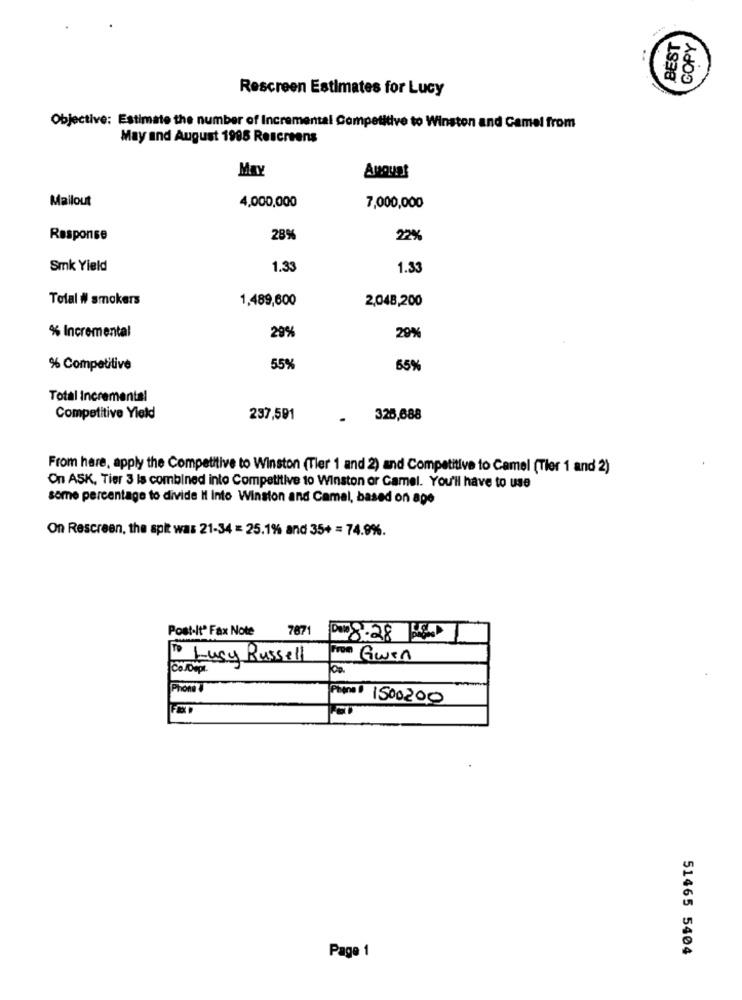
BEST
COPY
Rescreen Estimates for Lucy
Objective: Estimate the number of Incremental Competitive to Winston and Camel from
May and August 1988 Rescreens
May
Amount
Mailout
4,000,000
7,000,000
Response
28%
22%
Smk Yield
1.33
1.33
Total # smokers
1,489,600
2,048,200
% Incremental
29%
29%
% Competitive
55%
55%
Total Incremental
Competitive Yield
237,591
.
325,688
From here, apply the Competitive to Winston (Tler 1 and 2) and Competitive to Camel (Tler 1 and 2)
On ASK, Tier 3 is combined into Competitive to Winston or Camel. You'll have to use
some percentage to divide It Into Winston and Camel, based on age
On Rescreen, the spit was 21-34 = 25.1% and 35+ = 74.9%.
Post-It' Fax Note
7871
To Lusy Russell
From Gwen
£ £ 18
Phon U
Phone 1 1500200
51465 5404
Page 1